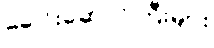
ခေါင်းဆောင်ကြီးများ